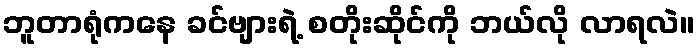
ဘူတာရုံကနေ ခင်ဗျားရဲ့ စတိုးဆိုင်ကို ဘယ်လို လာရလဲ။